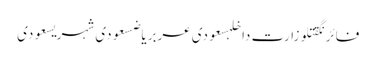
فائرنگقتلوزارت داخلہسعودی عربریاضسعودی شہریسعودی